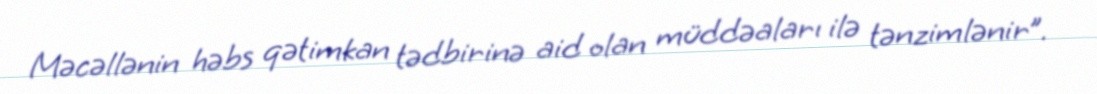
Məcəllənin həbs qətimkan tədbirinə aid olan müddəaları ilə tənzimlənir”.